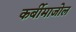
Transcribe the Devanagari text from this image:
कर्बीमाजोल